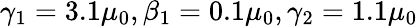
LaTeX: \gamma_{1}=3.1\mu_{0},\beta_{1}=0.1\mu_{0},\gamma_{2}=1.1\mu_{0}